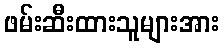
ဖမ်းဆီးထားသူများအား